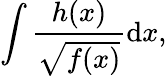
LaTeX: \int\frac{h(x)}{\sqrt{f(x)}}\mathrm{d}x,